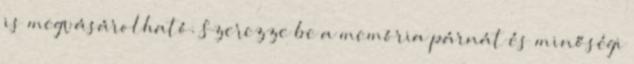
is megvásárolható. Szerezze be a memória párnát és minőségi